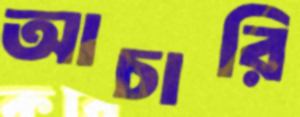
আচারি